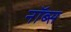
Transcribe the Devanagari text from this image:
नॉब्स